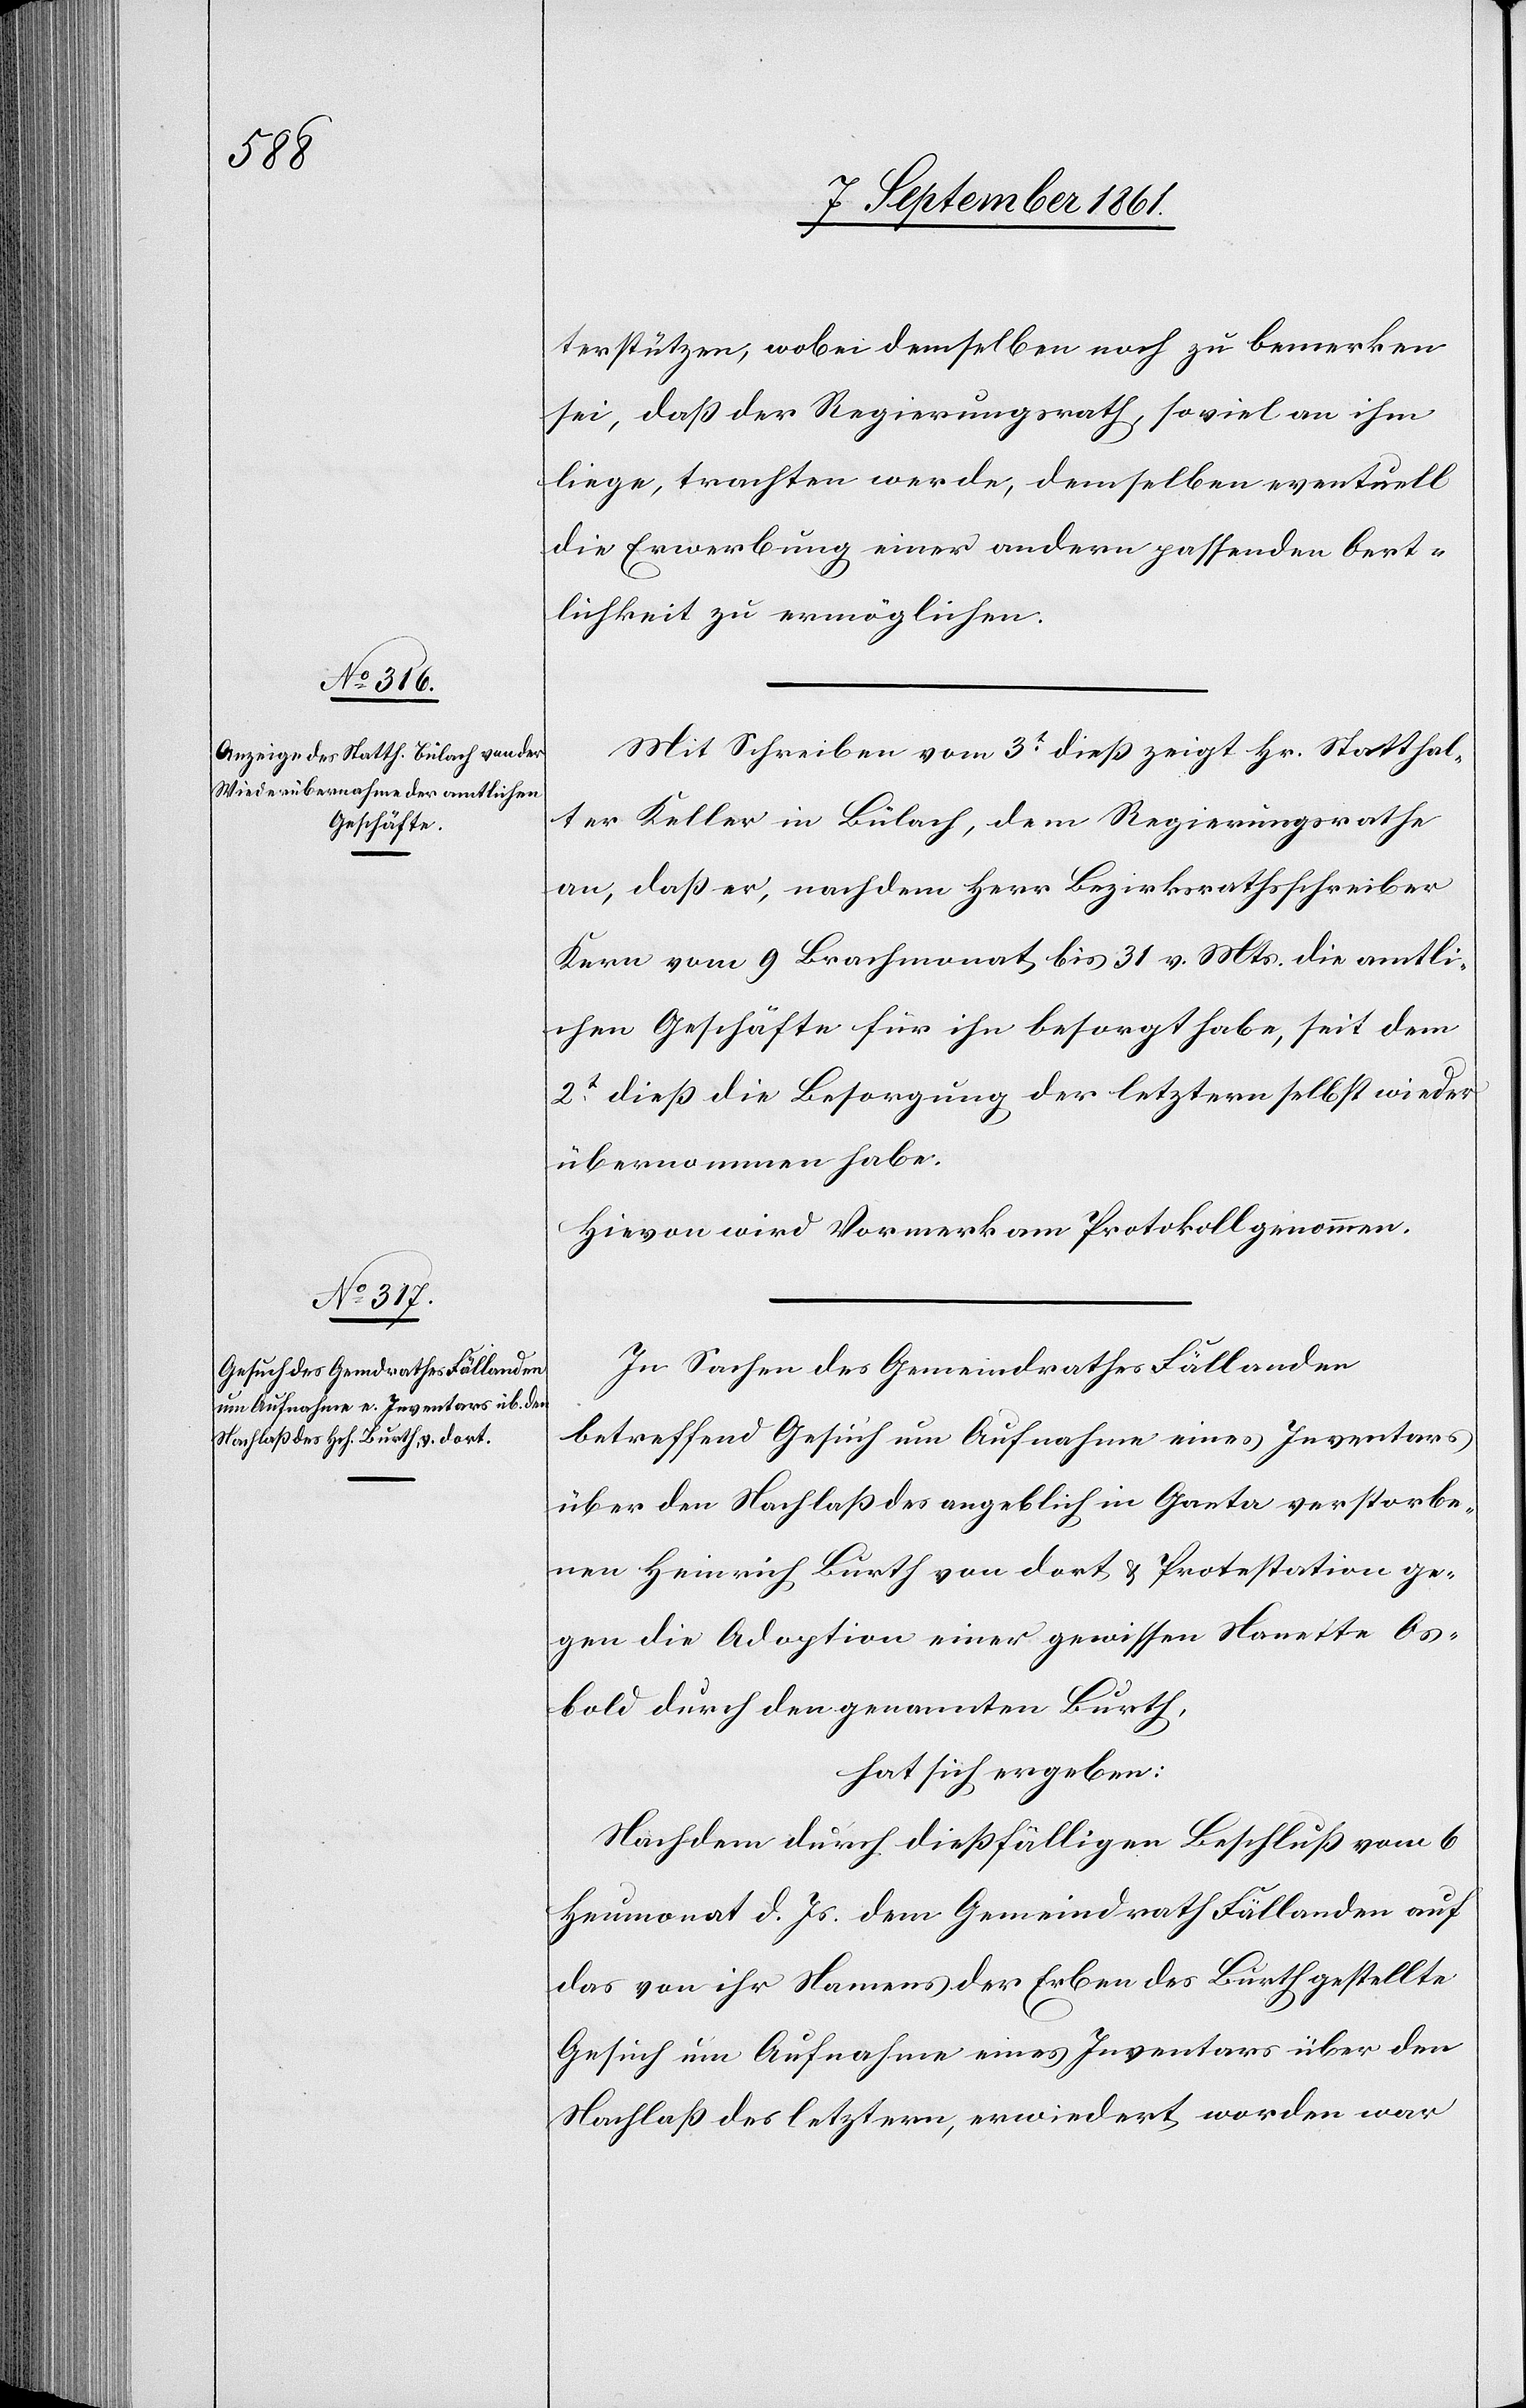
terstützen, wobei demselben noch zu bemerken
sei, daß der Regierungsrath, soviel ihm
liege, trachten werde, demselben eventuell
die Erwerbung einer andern passenden Oert¬
lichkeit zu ermöglichen.
Mit Schreiben vom 3t dieß zeigt Hr. Statthal¬
ter Keller in Bülach, dem Regierungsrathe
an, daß er, nachdem Herr Bezirksrathsschreiber
Kern vom 9 Brachmonat bis 31 v. Mts. die amtli¬
chen Geschäfte für ihn besorgt habe, seit dem
2t dieß die Besorgung der letztern selbst wieder
übernommen habe.
Hievon wird Vormerk am Protokoll genommen.
In Sachen des Gemeindrathes Fällanden
betreffend Gesuch um Aufnahme eines Inventars
über den Nachlaß des angeblich in Ganta verstorbe¬
nen Heinrich Furth von dort u. Protestation ge¬
gen die Adoption einer gewissen Nanette Os¬
bold durch den genannten Burth,
hat sich ergeben:
Nachdem durch dießfälligen Beschluß vom 6
Heumonat d. Js. dem Gemeindrath Fällanden auf
das von ihr Namens der Erben des Burth gestellte
Gesuch um Aufnahme eines Inventars über den
Nachlaß des letztern, erwiedert worden war